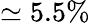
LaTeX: \simeq 5.5\%